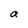
Character: a